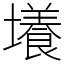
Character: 𡒶